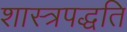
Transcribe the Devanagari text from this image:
शास्त्रपद्धति